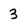
Character: 3